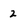
Character: 2